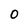
Character: 0